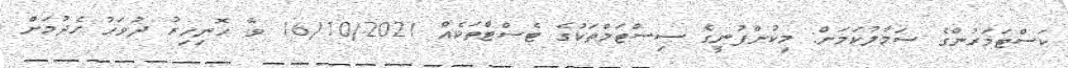
ކަސްޓަމަރުންގެ ސަމާލުކަމަށް: މިކުންފުނީގެ ސިސްޓަމްތަކުގެ ޓެސްޓްތަކެއް 16/10/2021 ވާ ހޮނިހިރު ދުވަހު ހެދުމަށް